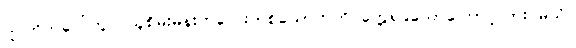
ဤတိုက်ပေါ်တွင် သူစိမ်းမိန်းကလေးတစ်ယောက်ကို တွေ့ရခဲသောကြောင့်လား မသိ။